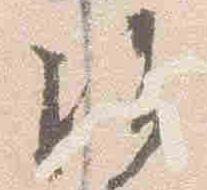
治